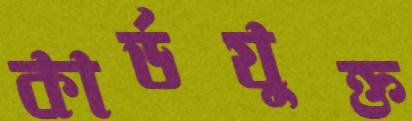
কার্ডযুক্ত